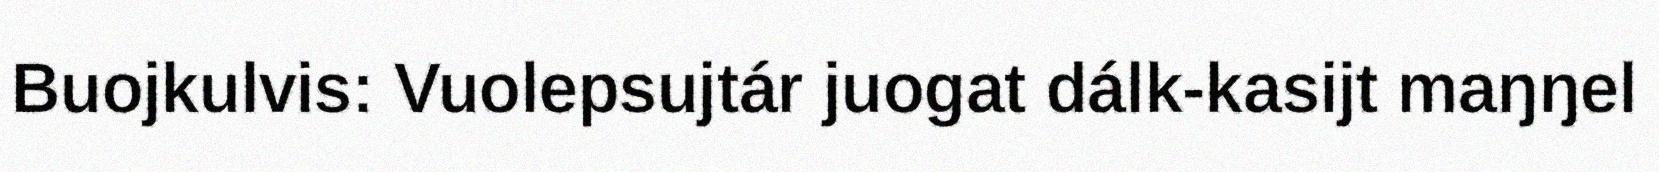
Buojkulvis: Vuolepsujtár juogat dálk-kasijt maŋŋel